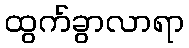
ထွက်ခွာလာရာ